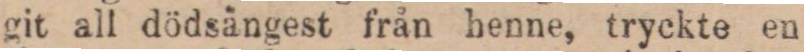
git all dödsängest från henne, tryckte en